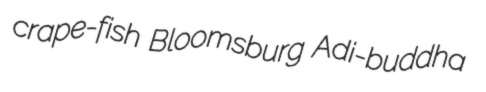
crape-fish Bloomsburg Adi-buddha